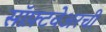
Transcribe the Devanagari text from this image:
सॉफ़्टवेअरची